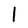
Character: l